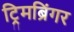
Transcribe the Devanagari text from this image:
ट्रिमब्रिंगर